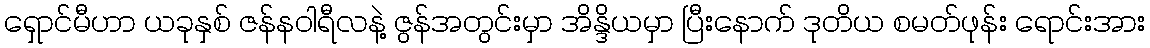
ရှောင်မီဟာ ယခုနှစ် ဇန်နဝါရီလနဲ့ ဇွန်အတွင်းမှာ အိန္ဒိယမှာ ပြီးနောက် ဒုတိယ စမတ်ဖုန်း ရောင်းအား